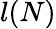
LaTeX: l(N)